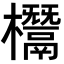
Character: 𣠟